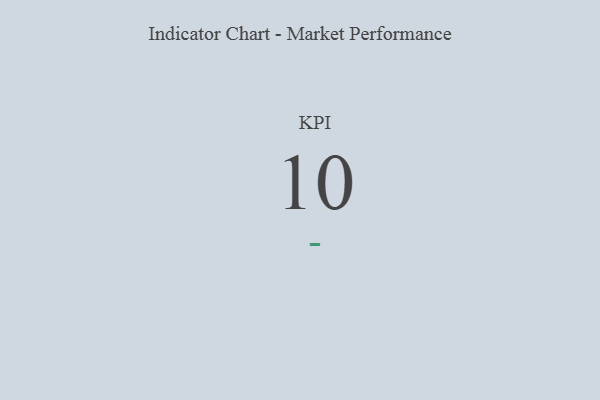
{"axis": {"x": "KPI", "y": "Value"}, "legend": [""], "data": [{"x": "KPI", "y": 10, "type": ""}]}